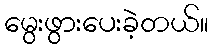
မွေးဖွားပေးခဲ့တယ်။